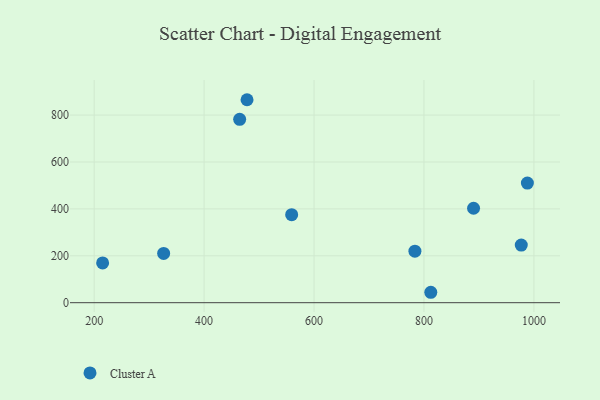
{"axis": {"x": "Engine Size", "y": "Rating"}, "legend": ["Cluster A"], "data": [{"x": "783.5", "y": 219.8, "type": "Cluster A"}, {"x": "464.7", "y": 781.9, "type": "Cluster A"}, {"x": "988.1", "y": 510.1, "type": "Cluster A"}, {"x": "478.1", "y": 865.5, "type": "Cluster A"}, {"x": "215.4", "y": 169.7, "type": "Cluster A"}, {"x": "890.2", "y": 402.8, "type": "Cluster A"}, {"x": "326.4", "y": 210.1, "type": "Cluster A"}, {"x": "559.3", "y": 375.2, "type": "Cluster A"}, {"x": "812.4", "y": 44.4, "type": "Cluster A"}, {"x": "977.0", "y": 245.8, "type": "Cluster A"}]}